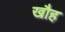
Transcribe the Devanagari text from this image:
खौह